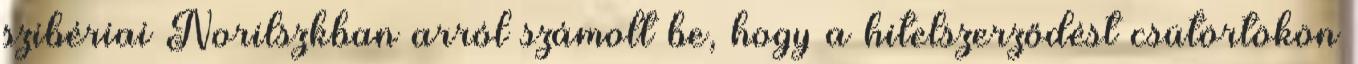
szibériai Norilszkban arról számolt be, hogy a hitelszerződést csütörtökön